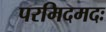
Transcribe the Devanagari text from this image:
परमिदमदः